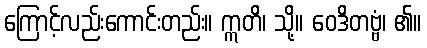
ကြောင့်လည်းကောင်းတည်း။ ဣတိ၊ သို့။ ဝေဒိတဗ္ဗံ၊ ၏။